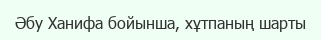
Әбу Ханифа бойынша, хұтпаның шарты